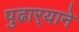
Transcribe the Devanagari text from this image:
पुढार्‍याने